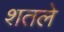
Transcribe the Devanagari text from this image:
शतले